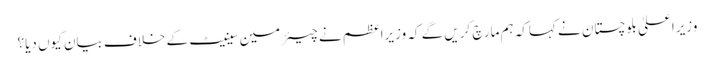
وزیراعلیٰ بلوچستان نے کہاکہ ہم مارچ کریں گے کہ وزیراعظم نے چیئرمین سینیٹ کے خلاف بیان کیوں دیا؟